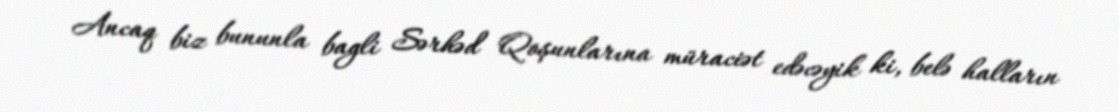
Ancaq biz bununla bagli Sərhəd Qoşunlarına müraciət edəcəyik ki, belə halların